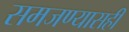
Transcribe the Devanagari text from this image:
समजण्यासही